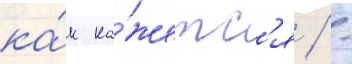
ка́к ка́жетс'я / -